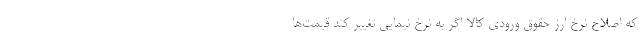
که اصلاح نرخ ارز حقوق ورودی کالا اگر به نرخ نیمایی تغییر کند قیمت‌ها